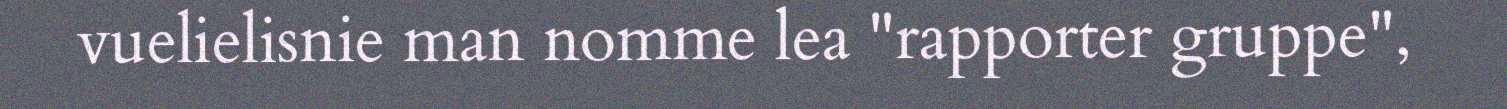
vuelielisnie man nomme lea "rapporter gruppe",